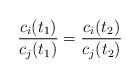
LaTeX: \begin{align*}\frac{c_i(t_1)}{c_j(t_1)} = \frac{c_i(t_2)}{c_j(t_2)}\end{align*}